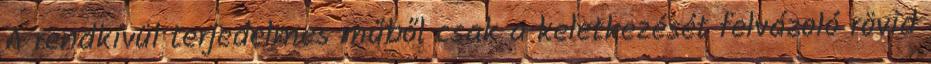
A rendkívül terjedelmes műből csak a keletkezését felvázoló rövid